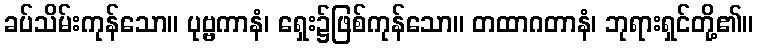
ခပ်သိမ်းကုန်သော။ ပုဗ္ဗကာနံ၊ ရှေး၌ဖြစ်ကုန်သော။ တထာဂတာနံ၊ ဘုရားရှင်တို့၏။